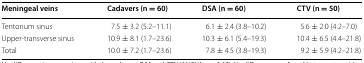
<table><thead><tr><td><b>Meningeal veins</b></td><td><b>Cadavers (n = 60)</b></td><td><b>DSA (n = 60)</b></td><td><b>CTV (n = 50)</b></td></tr></thead><tbody><tr><td>Tentorium sinus</td><td>7.5 ± 3.2 (5.2–11.1)</td><td>6.1 ± 2.4 (3.8–10.2)</td><td>5.6 ± 2.0 (4.2–7.0)</td></tr><tr><td>Upper-transverse sinus</td><td>10.9 ± 8.1 (1.7–23.6)</td><td>10.3 ± 6.1 (5.4–19.3)</td><td>10.4 ± 6.5 (4.4–21.8)</td></tr><tr><td>Total</td><td>10.0 ± 7.2 (1.7–23.6)</td><td>7.8 ± 4.5 (3.8–19.3)</td><td>9.2 ± 5.9 (4.2–21.8)</td></tr></tbody></table>